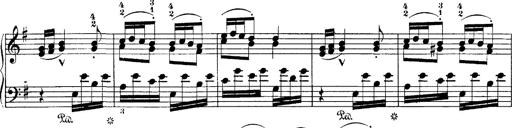
Title: Hungarian Rhapsody No.7
Composer: Franz Liszt
Key: D minor